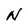
Character: N